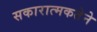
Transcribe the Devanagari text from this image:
सकारात्मकतेने